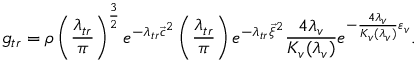
g _ { t r } = \rho \left( \frac { \lambda _ { t r } } { \pi } \right) ^ { \frac { 3 } { 2 } } e ^ { - \lambda _ { t r } { \vec { c } } ^ { 2 } } \left( \frac { \lambda _ { t r } } { \pi } \right) e ^ { - \lambda _ { t r } { \vec { \xi } } ^ { 2 } } \frac { 4 \lambda _ { v } } { K _ { v } ( \lambda _ { v } ) } e ^ { - \frac { 4 \lambda _ { v } } { K _ { v } ( \lambda _ { v } ) } \varepsilon _ { v } } .